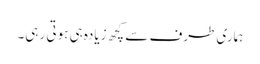
ہماری طرف سے کچھ زیادہ ہی ہوتی رہی۔